Madras plague regulations and rules - Volume 2
Disease focus: Plague
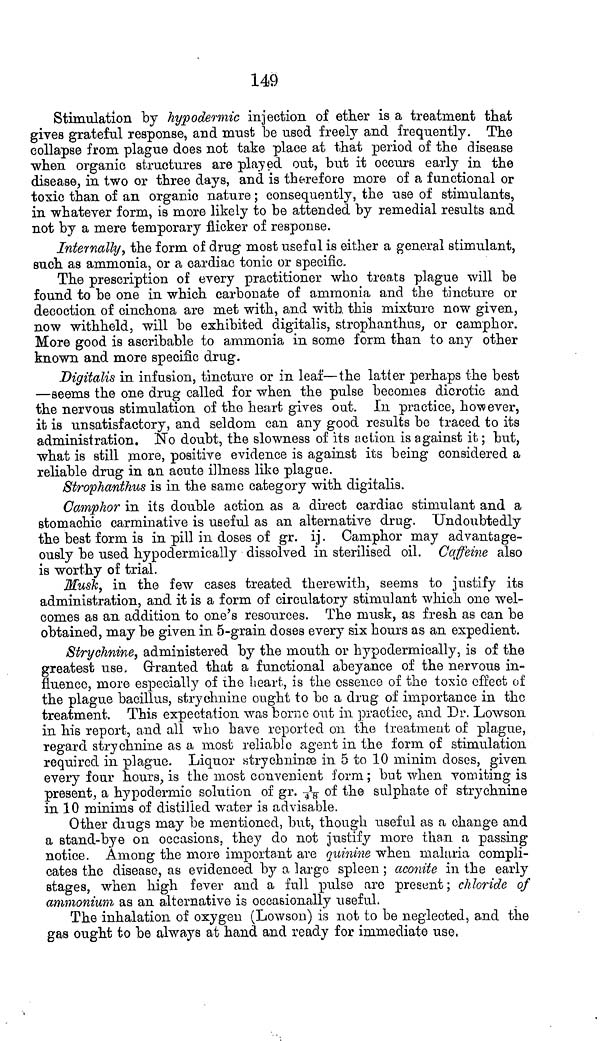
149
Stimulation by hypodermic injection of ether is a treatment that
gives grateful response, and must be used freely and frequently. The
collapse from plague does not take place at that period of the disease
when organic structures are played out, but it occurs early in the
disease, in two or three days, and is therefore more of a functional or
toxic than of an organic nature; consequently, the use of stimulants,
in whatever form, is more likely to be attended by remedial results and
not by a mere temporary flicker of response.
Internally, the form of drug most useful is either a general stimulant,
such as ammonia, or a cardiac tonic or specific.
The prescription of every practitioner who treats plague will be
found to be one in which carbonate of ammonia and the tincture or
decoction of cinchona are met with, and with. this mixture now given,
now withheld, will be exhibited digitalis, strophanthus, or camphor.
More good is ascribable to ammonia in some form than to any other
known and more specific drug.
Digitalis in infusion, tincture or in leaf—the latter perhaps the best
—seems the one drug called for when the pulse becomes dicrotic and
the nervous stimulation of the heart gives out. In practice, however,
it is unsatisfactory, and seldom can any good results be traced to its
administration. No doubt, the slowness of its action is against it; but,
what is still more, positive evidence is against its being considered a
reliable drug in an acute illness like plague.
Strophanthus is in the same category with digitalis.
Camphor in its double action as a direct cardiac stimulant and a
stomachic carminative is useful as an alternative drug. Undoubtedly
the best form is in pill in doses of gr. ij. Camphor may advantage-
ously be used hypodermically dissolved in sterilised oil. Caffeine also
is worthy of trial.
Musk, in the few cases treated therewith, seems to justify its
administration, and it is a form of circulatory stimulant which one wel-
comes as an addition to one's resources. The musk, as fresh as can be
obtained, may be given in 5-grain doses every six hours as an expedient.
Strychnine, administered by the mouth or hypodermically, is of the
greatest use, Granted that a functional abeyance of the nervous in-
fluence, more especially of the heart., is the cssenco of the toxic effect of
the plague bacillus, strychnine ought to bo a drug of importance in the
treatment. This expectation was borne out in practice, and Dr. Lowson.
in his report, and all who have reported on the treatment of plague,
regard strychnine as a most reliable agent in the form of stimulation,
required in plague. Liquor strychnines in 5 to 10 minim doses, given
every four hours, is the most convenient form; but when vomiting is
present, a hypodermic solution of gr. \1/48\ of the sulphate of strychnine
in 10 minims of distilled water is advisable.
Other drugs may be mentioned, but, though useful as a change and
a stand-bye on occasions, they do not justify more than a passing
notice. Among the more important are quinine when malaria compli-
cates the disease, as evidenced by a largo spleen; aconite in the early
stages, when high fever and a full pulse are present; chloride of
ammonium as an alternative is occasionally useful.
The inhalation of oxygen (Lowson) is not to be neglected, and the
gas ought to be always at hand and ready for immediate use,